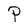
Character: P